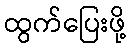
ထွက်ပြေးဖို့